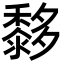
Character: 𪐀